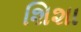
શિશા